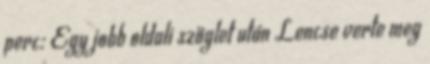
perc: Egy jobb oldali szöglet után Lencse verte meg